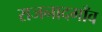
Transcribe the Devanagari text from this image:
राजनादगाँव